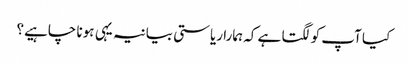
کیا آپ کو لگتا ہے کہ ہمارا ریاستی بیانیہ یہی ہونا چاہیے؟